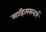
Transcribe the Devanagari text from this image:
साहित्यसन्दर्भ